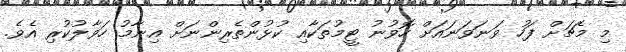
މި މެޗަށް ފަހު ވަނަވަނައަށް ހޮވުނު ޓީމުތަކާއި ކުޅުންތެރިންނަށް އިނާމު ހަވާލުކުރި އެވެ.